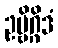
ဥဗ္ဗိဂ္ဂိဒံ